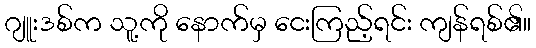
ဂျူးဒစ်က သူ့ကို နောက်မှ ငေးကြည့်ရင်း ကျန်ရစ်၏။